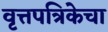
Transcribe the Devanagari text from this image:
वृत्तपत्रिकेचा